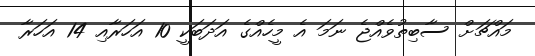
މައްޗަށް ސާބިތުވެއްޖެ ނަމަ އެ މީހެއްގެ އަދަބަކީ 10 އަހަރާއި 14 އަހަރާ